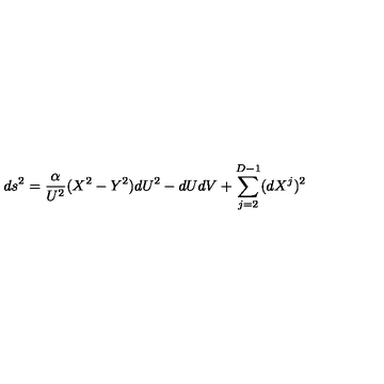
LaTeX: d s ^ { 2 } = \frac { \alpha } { U ^ { 2 } } ( X ^ { 2 } - Y ^ { 2 } ) d U ^ { 2 } - d U d V + \sum _ { j = 2 } ^ { D - 1 } ( d X ^ { j } ) ^ { 2 }